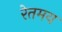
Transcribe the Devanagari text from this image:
रेतमय